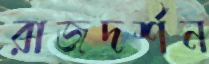
রাজদর্শন